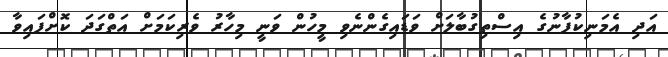
އަދި އެމަނިކުފާނުގެ އިސްތިގުބާލަށް ވަޑައިގެންނެވި މީހުން ވަނީ މިހާރު ވެރިކަމަށް އަތްގަދަ ކޮށްފައިވާ